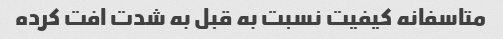
متاسفانه کیفیت نسبت به قبل به شدت افت کرده